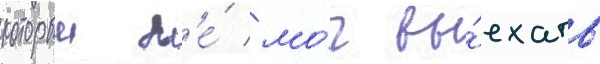
которыи н'е́ мо́г вы́ехать